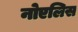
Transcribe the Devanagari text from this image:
नोएलिस